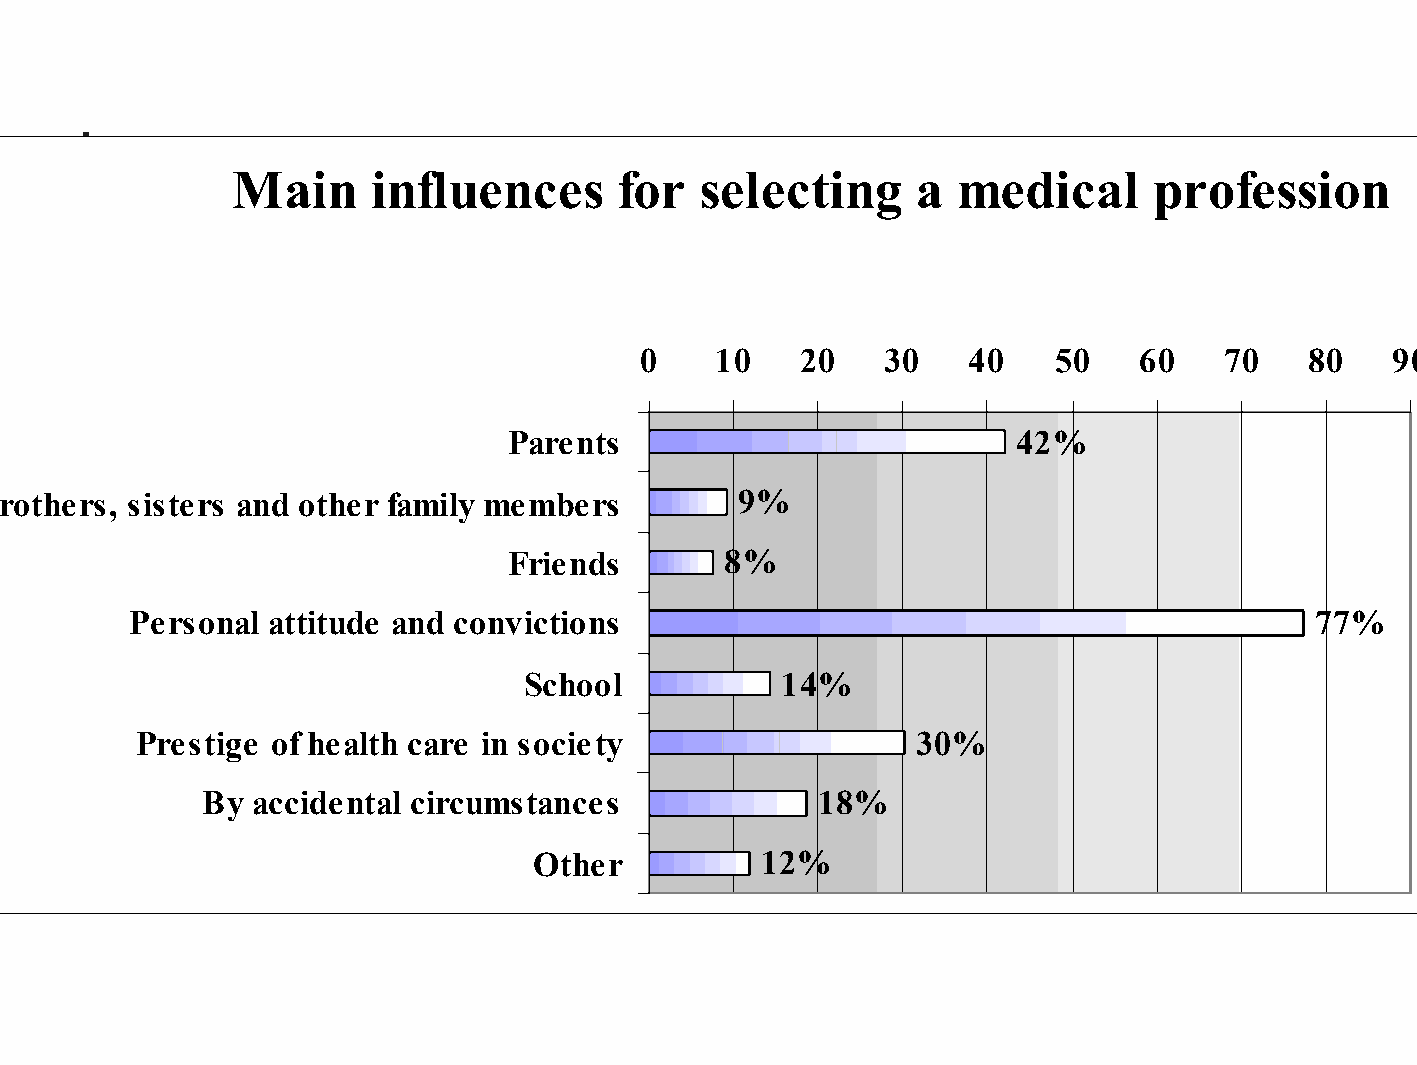
Main     influences      for  selecting      a  medical     profession
 0    10   20    30   40    50    60   70    80   90
 Parents                          42%
 Brothers,  sisters and other family members        9%
 Friends       8%
 Personal attitude and convictions                                             77%
 School           14%
 Prestige of health care in society                  30%
 By accidental circumstances             18%
 Other           12%